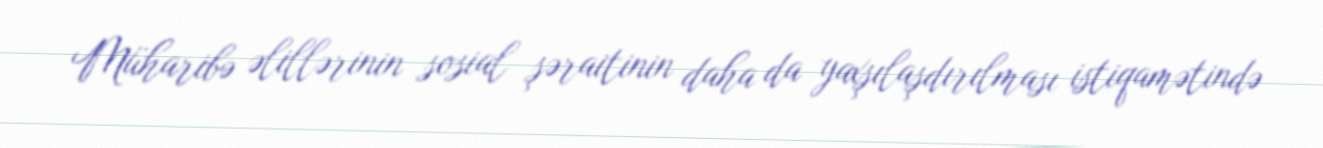
Müharibə əlillərinin sosial şəraitinin daha da yaxşılaşdırılması istiqamətində